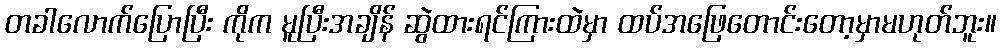
တခါလောက်ပြောပြီး ကိုက မူပြီးအချိန် ဆွဲထားရင်ကြားထဲမှာ ထပ်အဖြေတောင်းတော့မှာမဟုတ်ဘူး။